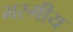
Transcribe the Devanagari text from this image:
भस्मीय